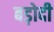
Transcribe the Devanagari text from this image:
बड़ोदी